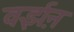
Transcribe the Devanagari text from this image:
वर्झ़न